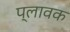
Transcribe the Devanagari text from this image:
प्लावक